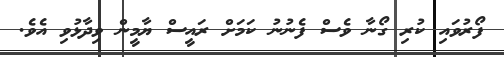
ފޯރުވައި ކުރި ގޯނާ ވެސް ފެނުނު ކަމަށް ރައީސް ޔާމީން ވިދާޅުވި އެވެ.